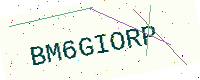
Text: BM6GIORP